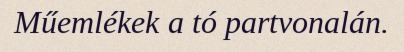
Műemlékek a tó partvonalán.